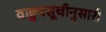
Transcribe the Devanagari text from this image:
वाङ्मयसूचीनुसारी